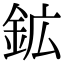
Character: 鉱